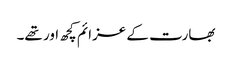
بھارت کے عزائم کچھ اور تھے۔